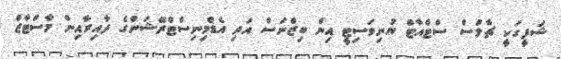
ޝަފީގަކީ ޗާލްސް ސްޓްއާޓް ޔުނިވަސިޓީ އިން ބިޒްނަސް އަދި އެޑްމިނިސްޓްރޭޝަންގެ ދާއިރާއިން މާސްޓާޒް